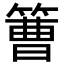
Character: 𥲍